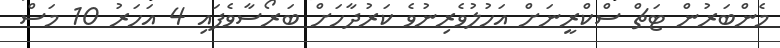
މެންބަރުން ޓަޗް ސްކްރީނަށް އަހުލުވެރިނުވެ ކަރުދާހަށް ބަރޯސާވެފައި 4 އަހަރު 10 މަސް